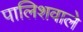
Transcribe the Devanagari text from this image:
पालिशवाले